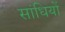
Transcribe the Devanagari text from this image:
सांधियों